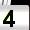
Digit: 4